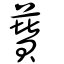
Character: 𧄽